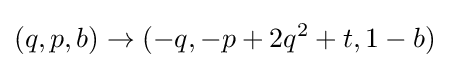
\displaystyle (q,p,b)\to (-q,-p+2q^{2}+t,1-b)